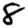
Digit: 8